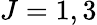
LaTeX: J=1,3